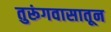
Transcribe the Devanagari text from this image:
तुरूंगवासातून